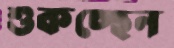
শুকচ্ছেন